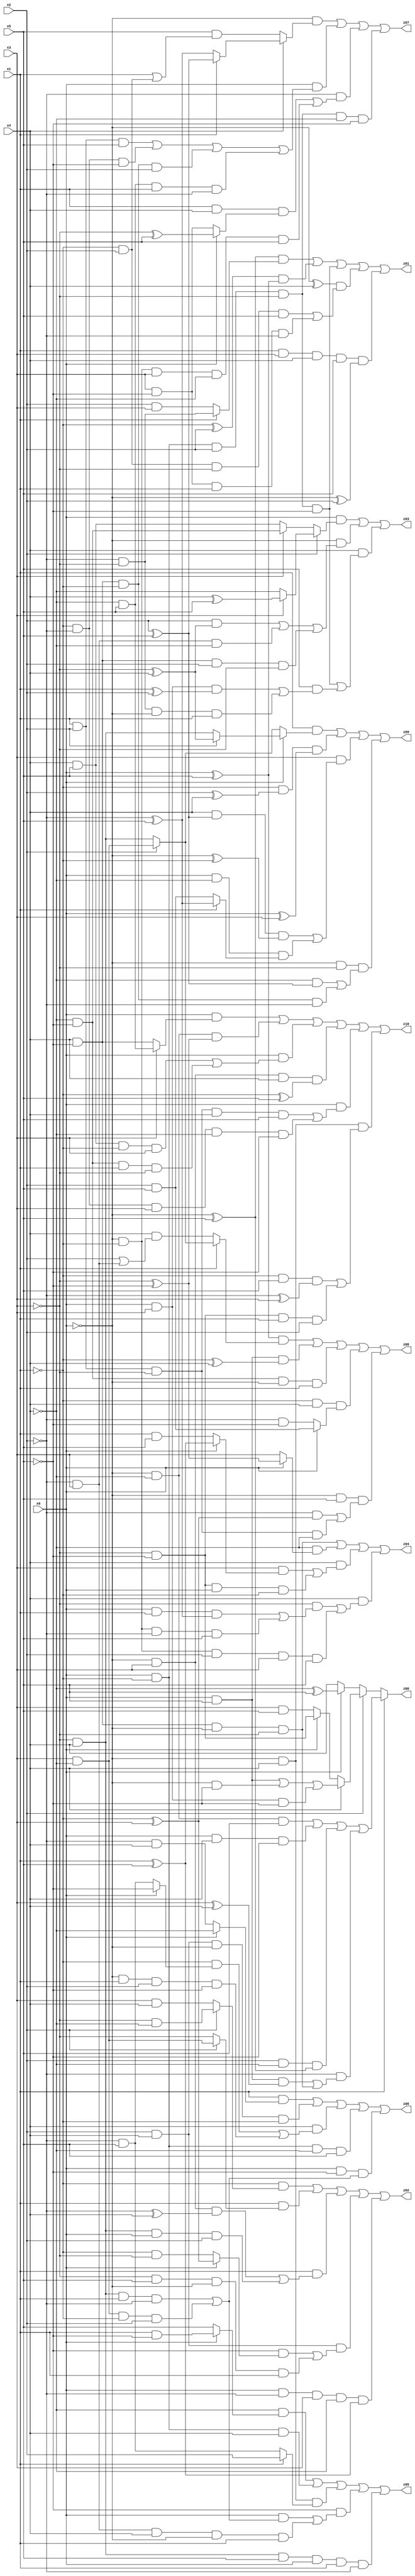
// Benchmark "X_21" written by ABC on Sat Jun 03 19:20:32 2023

module X_21 ( 
    x0, x1, x2, x3, x4, x5,
    z00, z01, z02, z03, z04, z05, z06, z07, z08, z09, z10  );
  input  x0, x1, x2, x3, x4, x5;
  output z00, z01, z02, z03, z04, z05, z06, z07, z08, z09, z10;
  assign z00 = x1 ? ((~x0 & ~x4 & x5) | (x0 & x4 & ~x5) | (x2 & ~x4 & (~x0 ^ x5)) | (~x2 & ((x0 & x5 & (x3 ^ x4)) | (x4 & ~x5 & ~x0 & ~x3)))) : (x2 ? (x4 ? ((x0 & x5) | (~x0 & ~x5) | (x0 & x3 & ~x5)) : (x0 ? (~x3 & ~x5) : (x3 & x5))) : (x0 ? (~x4 ^ x5) : x4));
  assign z01 = ((~x0 ^ x5) & (x1 ? (~x2 & ~x3) : (x2 & x3))) | ((~x1 ^ x2) & (x0 ^ x5)) | (x0 & ~x1 & x2 & ~x3 & ~x5) | ((~x0 ^ x4) & ((~x1 & x2 & ~x3 & x5) | (x3 & ~x5 & x1 & ~x2))) | (x1 & x3 & x4 & x5 & (~x0 ^ x2));
  assign z02 = (~x1 & (x2 ? (~x3 & ~x4) : (x3 & x4))) | (x1 & (x2 ? (x3 & ~x4) : ~x3)) | (x1 & ((~x0 & x3 & (~x2 ^ x4)) | (~x3 & x4 & x0 & x2))) | (x2 & x4 & ((~x5 & (x0 ? (~x1 ^ x3) : (~x1 & ~x3))) | (~x3 & x5 & ~x0 & x1))) | (x0 & ~x2 & x3 & ~x4 & (x1 ^ x5));
  assign z03 = (x0 & (x2 ? (x3 ? (x4 ^ x5) : ~x4) : (x3 ? (~x4 & ~x5) : (x4 & x5)))) | (~x0 & ((x2 & (~x3 ^ x4)) | (~x2 & x3 & ~x4) | (x4 & ~x5 & x2 & ~x3))) | (x4 & ((x0 & ~x1 & x2 & ~x3 & ~x5) | (x5 & ((x0 & x3 & (x1 ^ x2)) | (~x2 & ~x3 & ~x0 & x1)))));
  assign z04 = (x4 & ~x5 & ~x0 & ~x3) | (~x4 & (x0 ? (~x3 ^ ~x5) : x3)) | (x4 & ((x3 & (x0 ? (x1 ^ x5) : (x1 & x5))) | (~x3 & ~x5 & x0 & ~x1))) | (x4 & ((~x3 & ((x0 & x1 & (~x2 ^ x5)) | (~x0 & ~x1 & ~x2 & x5))) | (~x0 & ~x1 & x2 & x3 & x5)));
  assign z05 = (~x4 & (x0 ? (x1 & ~x5) : x5)) | (x0 & ~x1 & x4) | (~x0 & x4 & (x1 ? x2 : (~x2 & x5))) | (~x5 & ((x0 & ((~x3 & x4 & x1 & ~x2) | (x3 & ~x4 & ~x1 & x2))) | (~x2 & x3 & x4 & ~x0 & x1))) | (~x3 & x4 & x5 & x0 & x1 & ~x2);
  assign z06 = (x1 & (x0 ? ~x4 : (~x2 & x4))) | (x2 & x4 & ~x0 & ~x1) | (x4 & ((~x1 & (x0 ? ~x5 : (~x2 & x5))) | (~x0 & x1 & x2 & ~x5))) | (x0 & ~x1 & ~x4 & x5) | (x0 & ~x5 & ((~x3 & x4 & x1 & ~x2) | (x3 & ~x4 & ~x1 & x2)));
  assign z07 = (~x0 & (x4 ? (x1 ? (x2 ^ x5) : (~x2 ^ x5)) : (x5 & (x1 | (~x1 & x2))))) | (x0 & ((x1 & x2 & x5) | (~x1 & ~x2 & ~x5) | (x4 & ~x5 & ~x1 & x2) | (~x4 & x5 & x1 & ~x2))) | (~x2 & ((x1 & x4 & (x0 ? (~x3 ^ x5) : (x3 & ~x5))) | (~x0 & ~x1 & x3 & ~x4 & x5))) | (x0 & ~x1 & x2 & ~x3 & ~x4 & ~x5);
  assign z08 = ((x0 ^ x5) & (x1 ? (x2 ? (x3 & ~x4) : (~x3 & x4)) : (x4 & (x2 | (~x2 & x3))))) | (x0 & x5 & (~x1 ^ x4)) | (~x4 & ~x5 & ~x0 & x1) | (~x1 & x4 & (x0 ? (x2 & x5) : (~x2 & ~x5))) | (~x0 & x5 & ((~x2 & (~x1 ^ x3)) | (x1 & x2 & ~x3 & ~x4)));
  assign z09 = (x1 & (x0 ? (x2 ? (~x3 ^ x4) : (~x3 & x4)) : (x2 ? (x3 & ~x4) : (~x3 & x4)))) | (~x1 & (x2 ^ x4) & (x0 ^ x3)) | (x3 & ((x4 & (x2 ^ x5) & (~x0 ^ ~x1)) | (x0 & ~x4 & (x1 ? (~x2 ^ x5) : (x2 & x5))))) | (~x0 & ~x3 & ((~x4 & (x2 ^ x5)) | (x4 & ~x5 & ~x1 & ~x2)));
  assign z10 = (x0 & (x3 ? (~x4 & x5) : (x4 & ~x5))) | (~x0 & ~x4 & (~x3 ^ ~x5)) | (x0 & ((x4 & x5 & ~x1 & x3) | (~x4 & ~x5 & x1 & ~x3))) | (~x0 & x3 & x4 & (~x1 ^ x5)) | (x0 & ((x1 & x2 & ~x3 & x4 & x5) | (~x1 & ~x2 & x3 & ~x4 & ~x5))) | (~x0 & x4 & ((~x1 & x5 & (~x2 ^ x3)) | (~x3 & ~x5 & x1 & x2)));
endmodule